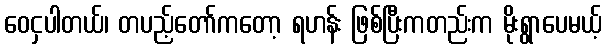
ဝေငှပါတယ်၊ တပည့်တော်ကတော့ ရဟန်း ဖြစ်ပြီးကတည်းက မိုးရွာပေမယ့်